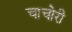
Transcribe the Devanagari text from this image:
चाचोरी